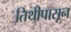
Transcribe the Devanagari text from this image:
तिथीपासून